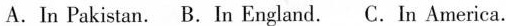
A.In Pakistan. B.In England. C.In America.